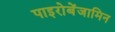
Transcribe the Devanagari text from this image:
पाइरोबेंजामिन